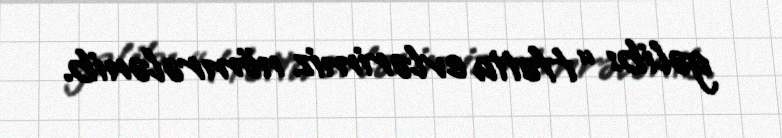
gəlib: “Hətta evlərimiz nömrələnib.